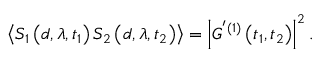
\left\langle S _ { 1 } \left( d , \lambda , t _ { 1 } \right) S _ { 2 } \left( d , \lambda , t _ { 2 } \right) \right\rangle = \left\vert G ^ { ^ { \prime } ( 1 ) } \left( t _ { 1 } , t _ { 2 } \right) \right\vert ^ { 2 } .